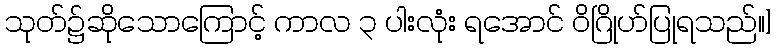
သုတ်၌ဆိုသောကြောင့် ကာလ ၃ ပါးလုံး ရအောင် ဝိဂြိုဟ်ပြုရသည်။]